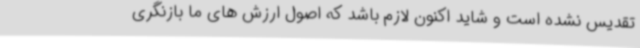
تقدیس نشده است و شاید اکنون لازم باشد که اصول ارزش های ما بازنگری